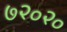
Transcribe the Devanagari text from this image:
७२०२०